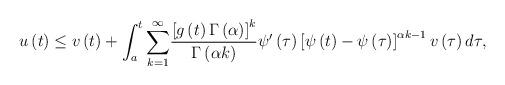
LaTeX: \begin{align*}u\left( t\right) \leq v\left( t\right) +\int_{a}^{t}\overset{\infty }{\underset{k=1}{\sum }}\frac{\left[ g\left( t\right) \Gamma \left( \alpha\right) \right] ^{k}}{\Gamma \left( \alpha k\right) }\psi ^{\prime }\left(\tau \right) \left[ \psi \left( t\right) -\psi \left( \tau \right) \right]^{\alpha k-1}v\left( \tau \right) d\tau,\end{align*}